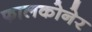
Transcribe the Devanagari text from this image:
फालकोनेर